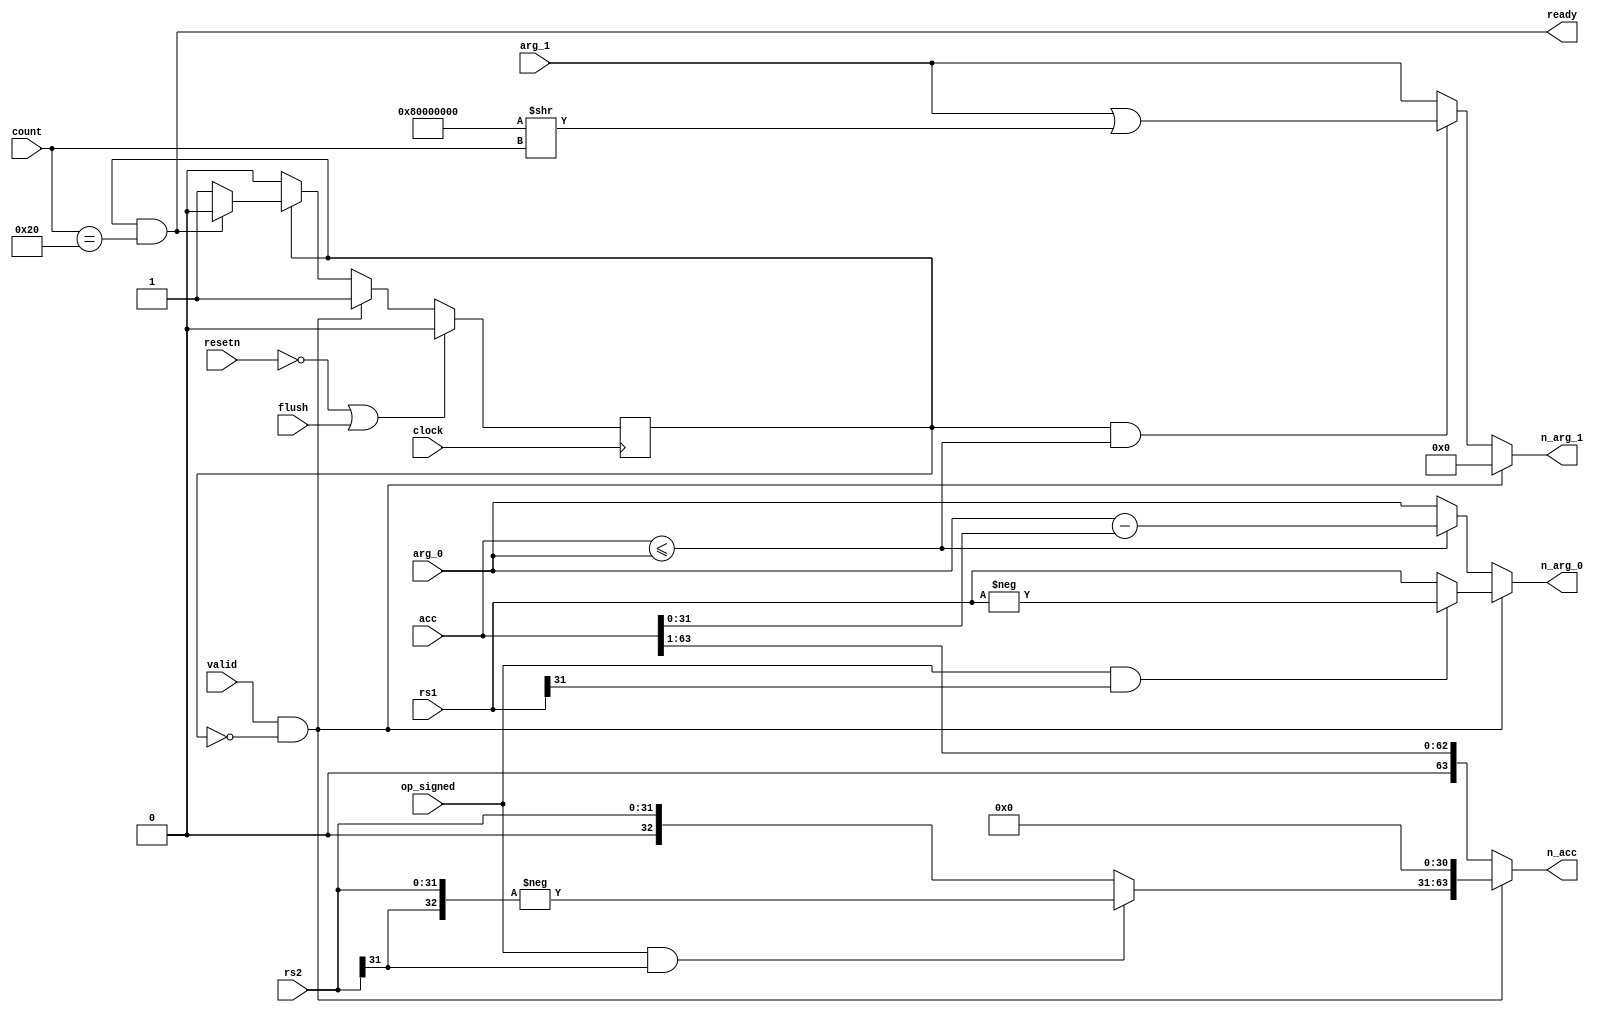
// This program was cloned from: https://github.com/scarv/xcrypto
// License: MIT License


//
// Handles instructions:
//  - div
//  - divu
//  - rem
//  - remu
//
module xc_malu_divrem (

input  wire         clock           ,
input  wire         resetn          ,

input  wire [31:0]  rs1             ,
input  wire [31:0]  rs2             ,

input  wire         valid           ,
input  wire         op_signed       ,
input  wire         flush           ,

input  wire [ 5:0]  count           ,
input  wire [63:0]  acc             , // Divisor
input  wire [31:0]  arg_0           , // Dividend
input  wire [31:0]  arg_1           , // Quotient

output wire [63:0]  n_acc           ,
output wire [31:0]  n_arg_0         ,
output wire [31:0]  n_arg_1         ,
output wire         ready           

);

reg         div_run     ;

wire        div_finished= (div_run && count == 32);
assign      ready       = div_finished;

wire        signed_lhs  = (op_signed) && rs1[31];
wire        signed_rhs  = (op_signed) && rs2[31];

wire        div_start   = valid     && !div_run;

wire [31:0] qmask       = (32'b1<<31  ) >> count  ;

wire        div_less    = acc <= {32'b0,arg_0};

wire [31:0] sub_result = arg_0 - acc[31:0];
        

wire [63:0] divisor_start = 
    {(signed_rhs ? -{rs2[31],rs2} : {1'b0,rs2}), 31'b0};


assign      n_acc       = div_start    ? divisor_start  :
                                         acc >> 1       ;

assign      n_arg_0     = div_start ? (signed_lhs ? -rs1 : rs1) :
                          div_less  ? sub_result                :
                                      arg_0                     ;

assign      n_arg_1     = div_start           ? 0               :
                          div_run && div_less ? arg_1 | qmask   :
                                                arg_1           ;

always @(posedge clock) begin
    if(!resetn   || flush) begin
        
        div_run  <= 1'b0;

    end else if(div_start) begin
        
        div_run  <= 1'b1;

    end else if(div_run) begin

        if(div_finished) begin

            div_run  <= 1'b0;

        end

    end
end

endmodule